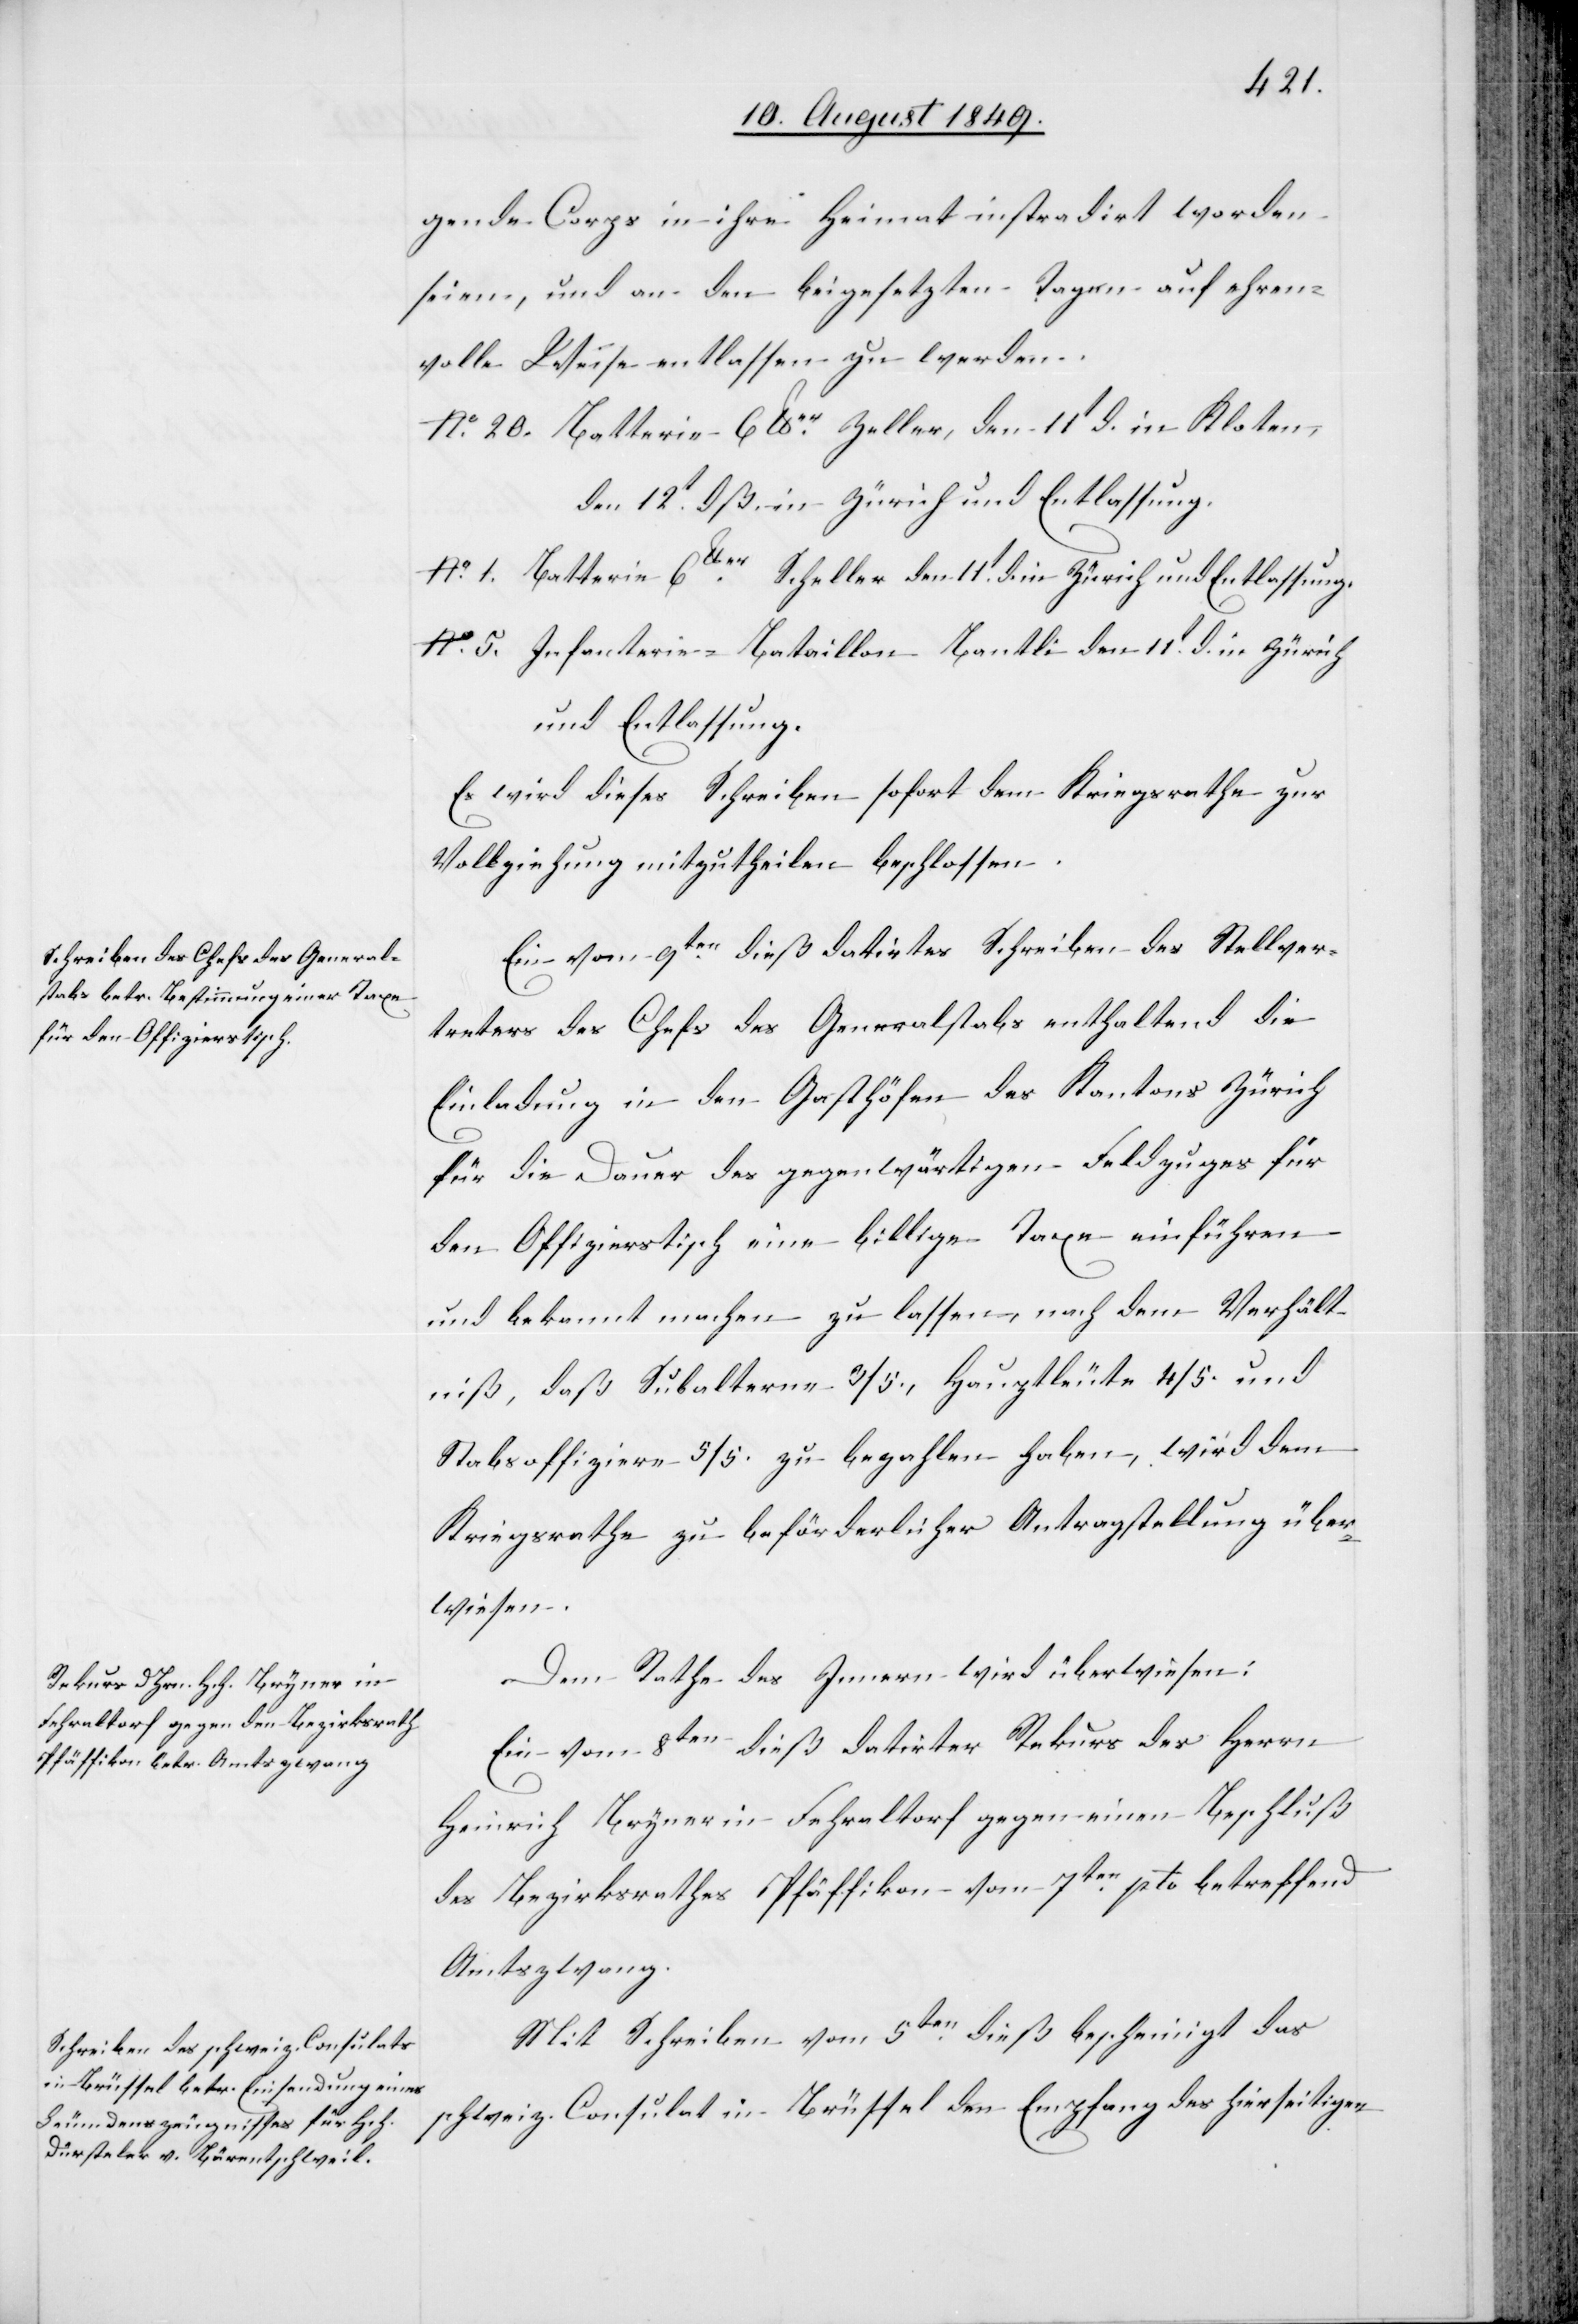
gende Corps in ihre Heimat instradirt worden
seien, und an den beigesetzten Tagen auf ehren¬
volle Weise entlassen zu werden.
No. 20.	Batterie 6lber Zeller, den 11t d. in Kloten,
den 12t dß in Zürich und Entlassung.
No. 1.	Batterie 6lber Scheller den 11t d. in Zürich und Entlassung.
No. 5.	Infanterie-Bataillon Bantli den 11t d. in Zürich
und Entlassung.
Es wird dieses Schreiben sofort dem Kriegsrathe zur
Vollziehung mitzutheilen beschlossen.
Ein vom 9ten dieß datirtes Schreiben des Stellver¬
treters des Chefs des Generalstabs enthaltend die
Einladung in den Gasthöfen des Kantons Zürich
für die Dauer des gegenwärtigen Feldzuges für
den Offizierstisch eine billige Taxe einführen
und bekannt machen zu lassen, nach dem Verhält¬
niß, daß Subalterne 3/5., Hauptleute 4/5. und
Stabsoffiziere 5/5. zu bezahlen haben, wird dem
Kriegsrathe zu beförderlicher Antragstellung über¬
wiesen.
Dem Rathe des Innern wird überwiesen:
Ein vom 8ten dieß datirter Rekurs des Herrn
Heinrich Brymer in Fehraltorf gegen einen Beschluß
des Bezirksrathes Pfäffikon vom 7ten pto betreffend
Amtszwang.
Mit Schreiben vom 5ten dieß bescheinigt das
schweiz. Consulat in Brüssel den Empfang des hierseitigen